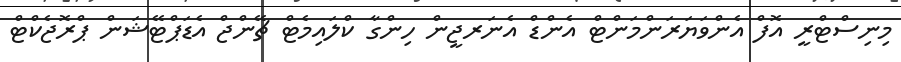
މިނިސްޓްރީ އޮފް އެންވަޔަރަންމަންޓް އެންޑް އެނަރޖީން ހިންގާ ކްލައިމެޓް ޗޭންޖް އެޑަޕްޓޭޝަން ޕްރޮޖެކްޓް